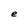
Character: e